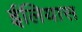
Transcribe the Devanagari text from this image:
ईलियास